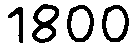
1800